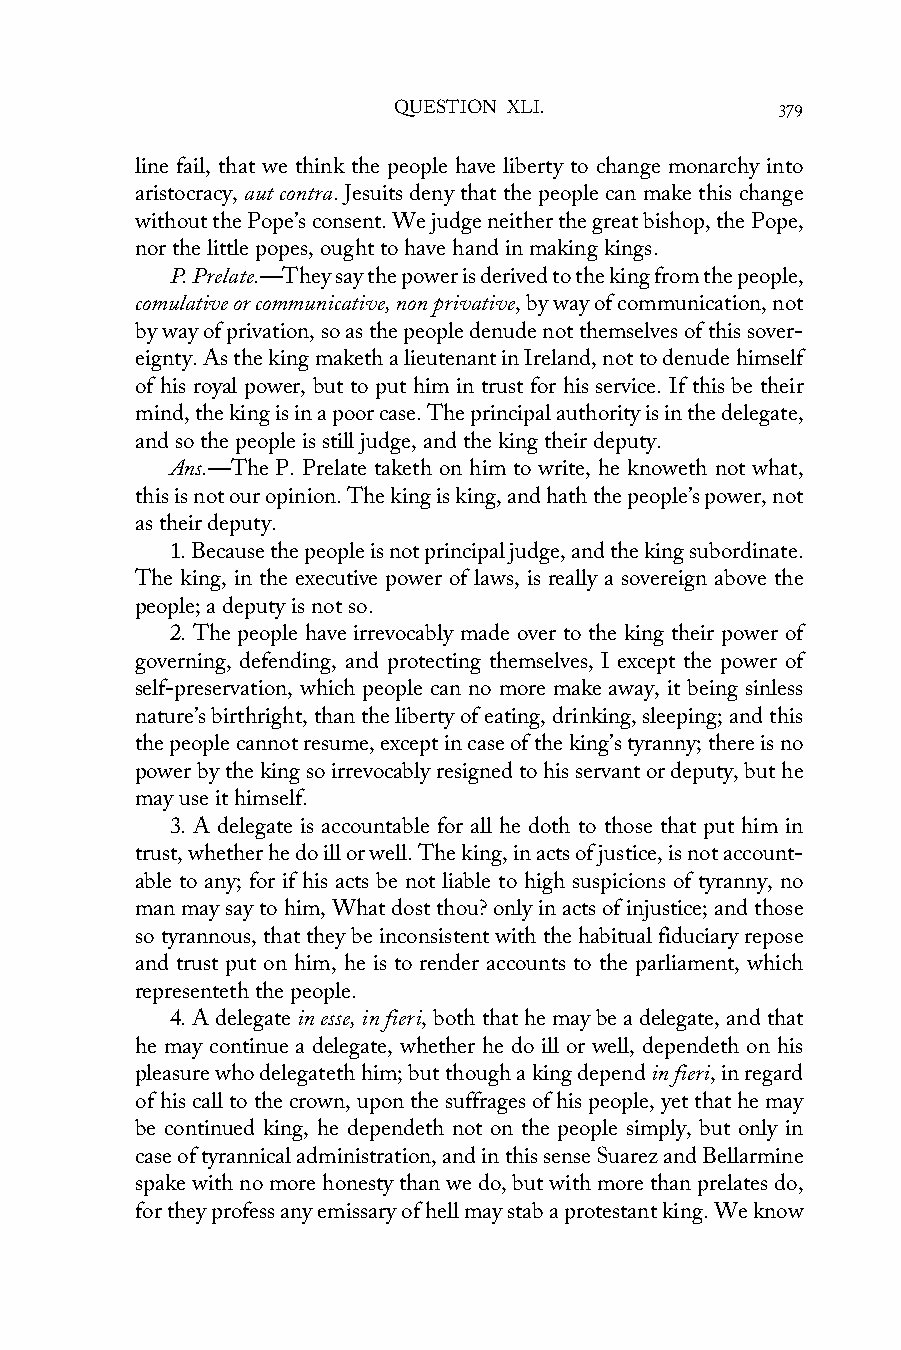
QUESTION XLI.             379
 line fail, that we think the people have liberty to change monarchy into
 aristocracy, aut contra. Jesuits deny that the people can make this change
 without the Pope’s consent. We judge neither the great bishop, the Pope,
 nor the little popes, ought to have hand in making kings.
 P. Prelate.—They say the power is derived to the king from the people,
 comulative or communicative, non privative, by way of communication, not
 by way of privation, so as the people denude not themselves of this sover-
 eignty. As the king maketh a lieutenant in Ireland, not to denude himself
 of his royal power, but to put him in trust for his service. If this be their
 mind, the king is in a poor case. The principal authority is in the delegate,
 and so the people is still judge, and the king their deputy.
 Ans.—The P. Prelate taketh on him to write, he knoweth not what,
 this is not our opinion. The king is king, and hath the people’s power, not
 as their deputy.
 1. Because the people is not principal judge, and the king subordinate.
 The king, in the executive power of laws, is really a sovereign above the
 people; a deputy is not so.
 2. The people have irrevocably made over to the king their power of
 governing, defending, and protecting themselves, I except the power of
 self-preservation, which people can no more make away, it being sinless
 nature’s birthright, than the liberty of eating, drinking, sleeping; and this
 the people cannot resume, except in case of the king’s tyranny; there is no
 power by the king so irrevocably resigned to his servant or deputy, but he
 may use it himself.
 3. A delegate is accountable for all he doth to those that put him in
 trust, whether he do ill or well. The king, in acts of justice, is not account-
 able to any; for if his acts be not liable to high suspicions of tyranny, no
 man may say to him, What dost thou? only in acts of injustice; and those
 so tyrannous, that they be inconsistent with the habitual fiduciary repose
 and trust put on him, he is to render accounts to the parliament, which
 representeth the people.
 4. A delegate in esse, in fieri, both that he may be a delegate, and that
 he may continue a delegate, whether he do ill or well, dependeth on his
 pleasure who delegateth him; but though a king depend in fieri, in regard
 of his call to the crown, upon the suffrages of his people, yet that he may
 be continued king, he dependeth not on the people simply, but only in
 case of tyrannical administration, and in this sense Suarez and Bellarmine
 spake with no more honesty than we do, but with more than prelates do,
 for they profess any emissary of hell may stab a protestant king. We know